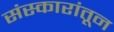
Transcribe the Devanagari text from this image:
संस्कारांतून